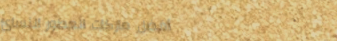
أفضل ماركات العطور النسائ